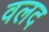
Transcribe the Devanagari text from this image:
वलद